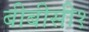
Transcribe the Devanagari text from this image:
बीबीसी१